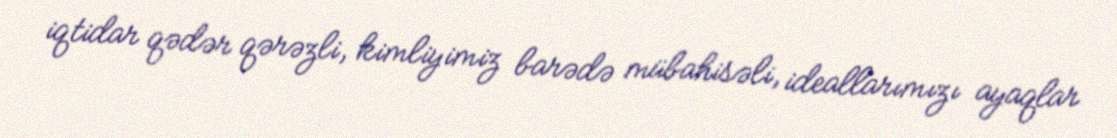
iqtidar qədər qərəzli, kimliyimiz barədə mübahisəli, ideallarımızı ayaqlar